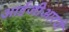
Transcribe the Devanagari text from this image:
आईजीआरपी